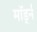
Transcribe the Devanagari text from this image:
मॉर्ड्न